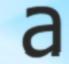
a